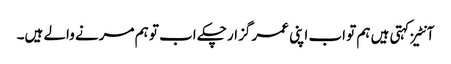
آنٹیز کہتی ہیں ہم تو اب اپنی عمر گزار چکے اب تو ہم مرنے والے ہیں۔